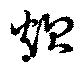
炊